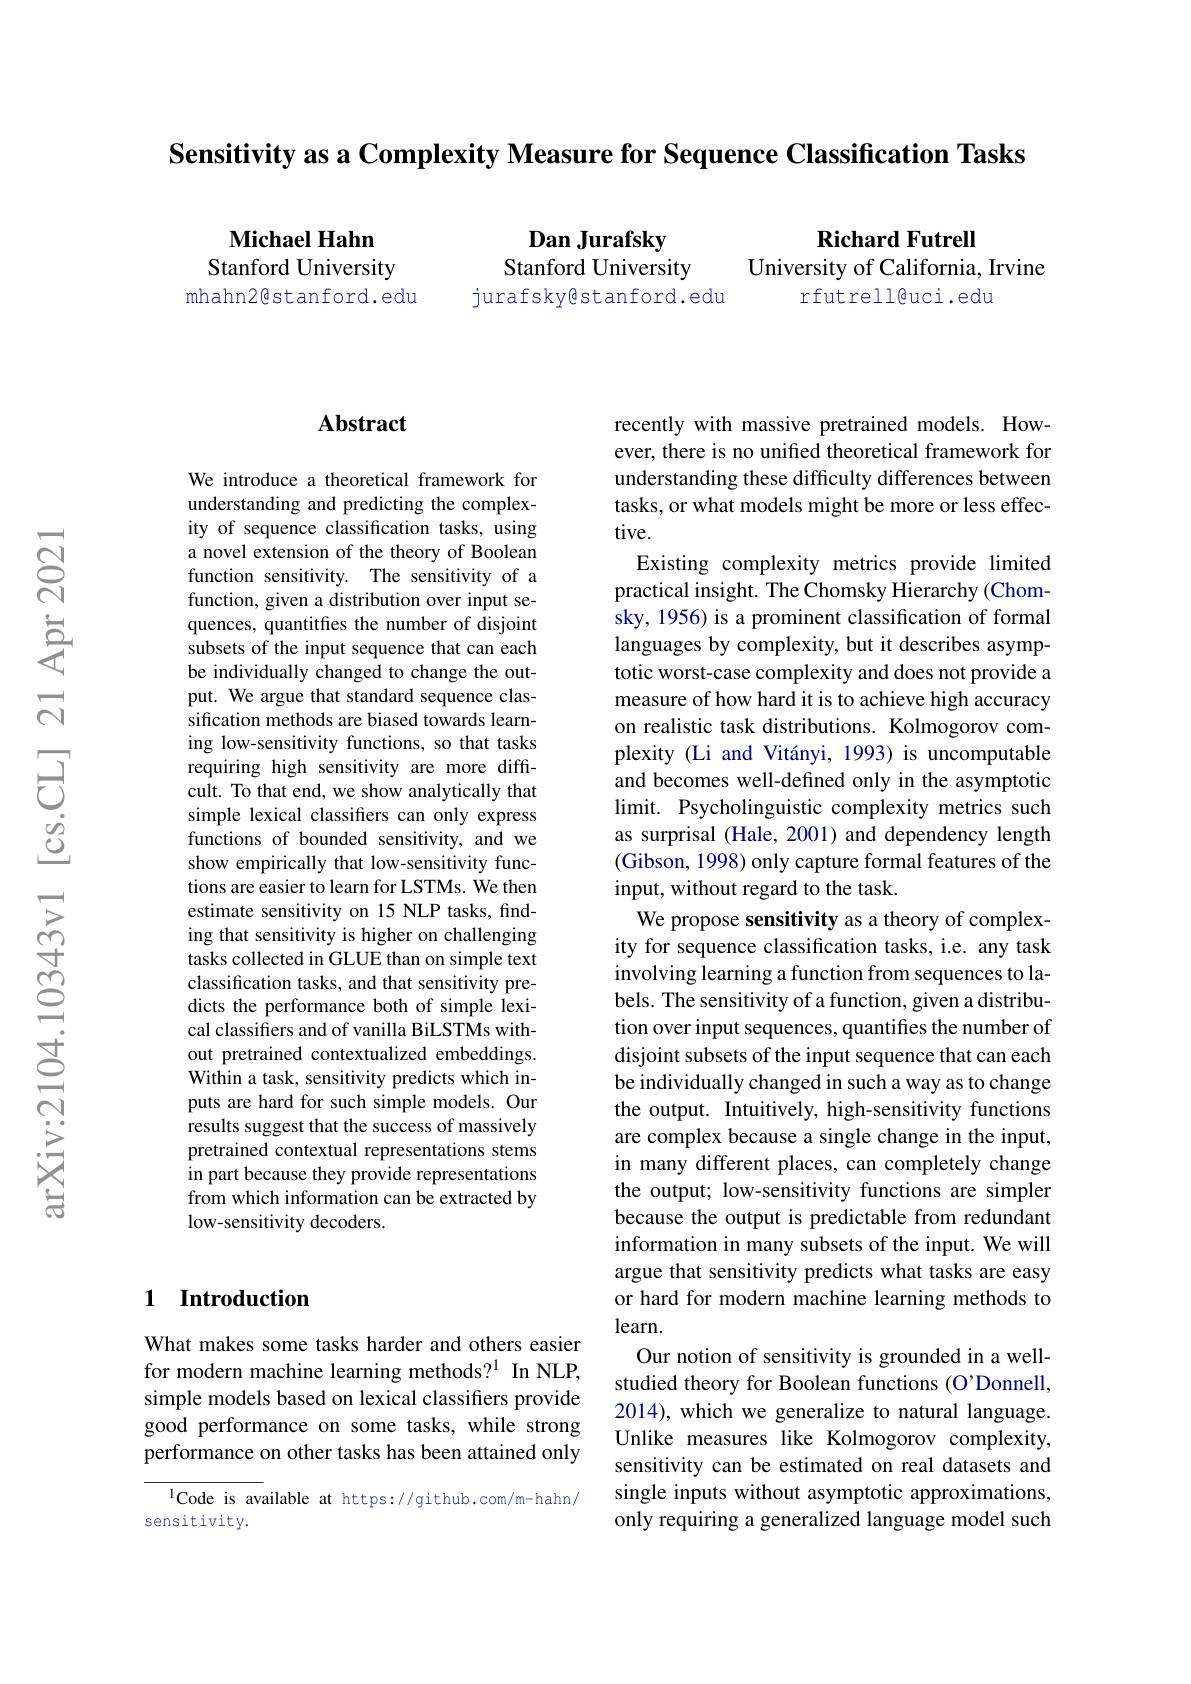
Sensitivity as a Complexity Measure for Sequence Classification Tasks

Michael Hahn Stanford University
mhahn2@stanford.edu

Richard Futrell

Dan Jurafsky
Stanford University
jurafskyêstanford.edu

University of California, Irvine
rfutrell@uci.edu

### $\mathbf{Abstract}$

We introduce a theoretical framework for understanding and predicting the complexity of sequence classification tasks, using a novel extension of the theory of Boolean function sensitivity. The sensitivity of a function, given a distribution over input sequences, quantitfes the number of disjoint subsets of the input sequence that can each be individually changed to change the output. We argue that standard sequence classification methods are biased towards learning low-sensitivity functions, so that tasks requiring high sensitivity are more difficult. To that end, we show analytically that simple lexical classifiers can only express functions of bounded sensitivity, and we show empirically that low-sensitivity functions are easier to learn for LSTMs. We then estimate sensitivity on 15 NLP tasks, finding that sensitivity is higher on challenging tasks collected in GLUE than on simple text classification tasks, and that sensitivity predicts the performance both of simple lexical classifiers and of vanilla BiLSTMs without pretrained contextualized embeddings. Within a task, sensitivity predicts which inputs are hard for such simple models. Our results suggest that the success of massively pretrained contextual representations stems in part because they provide representations from which information can be extracted by low-sensitivity decoders.

## 1 Introduction

What makes some tasks harder and others easier for modern machine learning methods?$^{1}$ In NLP, simple models based on lexical classifiers provide good performance on some tasks, while strong performance on other tasks has been attained only

lCode is available at https://github.com/m-hahn/
sensitivity.

recently with massive pretrained models. However, there is no unified theoretical framework for understanding these difficulty differences between tasks, or what models might be more or less effective.
Existing complexity metrics provide limited practical insight. The Chomsky Hierarchy (Chomsky, 1956) is a prominent classification of formal languages by complexity, but it describes asymptotic worst-case complexity and does not provide a measure of how hard it is to achieve high accuracy on realistic task distributions. Kolmogorov complexity (Li and Vitányi, 1993) is uncomputable and becomes well-defined only in the asymptotic limit. Psycholinguistic complexity metrics such as surprisal (Hale, 2001) and dependency length (Gibson, 1998) only capture formal features of the input, without regard to the task.
We propose sensitivity as a theory of complexity for sequence classification tasks, i.e. any task involving learning a function from sequences to labels. The sensitivity of a function, given a distribution over input sequences, quantifies the number of disjoint subsets of the input sequence that can each be individually changed in such a way as to change the output. Intuitively, high-sensitivity functions are complex because a single change in the input, in many different places, can completely change the output; low-sensitivity functions are simpler because the output is predictable from redundant information in many subsets of the input. We will argue that sensitivity predicts what tasks are easy or hard for modern machine learning methods to learn.
Our notion of sensitivity is grounded in a wellstudied theory for Boolean functions (O'Donnell, 2014), which we generalize to natural language. Unlike measures like Kolmogorov complexity, sensitivity can be estimated on real datasets and single inputs without asymptotic approximations, only requiring a generalized language model such